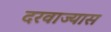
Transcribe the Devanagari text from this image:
दरवाज्यास